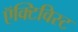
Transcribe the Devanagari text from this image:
ऍक्टिविस्ट